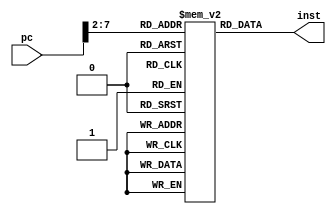
`timescale 1ns / 1ps
/**********************************************************************
* Module: Inst_mem.v
* Project: Single Cycle RISC-V
* Description: This is the Instruction Memory module
* Change history: 25/10/2019  File Created
**********************************************************************/



module inst_mem( input [31:0]pc,
 output [31:0] inst);

reg [31:0] instruction [63:0];
wire [5:0] address;
wire [1:0] addressB;
assign address = pc[7:2];
assign inst = instruction[address];

initial begin
        instruction[0]=32'b000000000000_00000_010_00001_0000011 ; //lw x1, 0(x0)  
        instruction[1]=32'b000000000100_00000_010_00010_0000011 ; //lw x2, 4(x0)     
        instruction[2]=32'b000000001000_00000_010_00011_0000011 ; //lw x3, 8(x0)      
        instruction[3]=32'b0000000_00010_00001_110_00100_0110011 ; //or x4, x1, x2      
        instruction[4]=32'b0_000000_00011_00100_000_0100_0_1100011; //beq x4, x3, 4 
        instruction[5]=32'b0000000_00010_00001_000_00011_0110011 ; //add x3, x1, x2 
        instruction[6]=32'b0000000_00010_00011_000_00101_0110011 ; //add x5, x3, x2  
        instruction[7]=32'b0000000_00101_00000_010_01100_0100011; //sw x5, 12(x0)   
        instruction[8]=32'b000000001100_00000_010_00110_0000011 ; //lw x6, 12(x0)    
        instruction[9]=32'b0000000_00001_00110_111_00111_0110011 ; //and x7, x6, x1  
        instruction[10]=32'b0100000_00010_00001_000_01000_0110011 ; //sub x8, x1, x2   
        instruction[11]=32'b0000000_00010_00001_000_00000_0110011 ; //add x0, x1, x2    
        instruction[12]=32'b0000000_00001_00000_000_01001_0110011 ; //add x9, x0, x1
end
endmodule